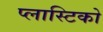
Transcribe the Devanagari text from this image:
प्लास्टिको